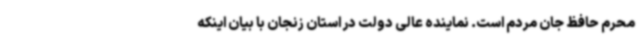
محرم حافظ جان مردم است. نماینده عالی دولت در استان زنجان با بیان اینکه